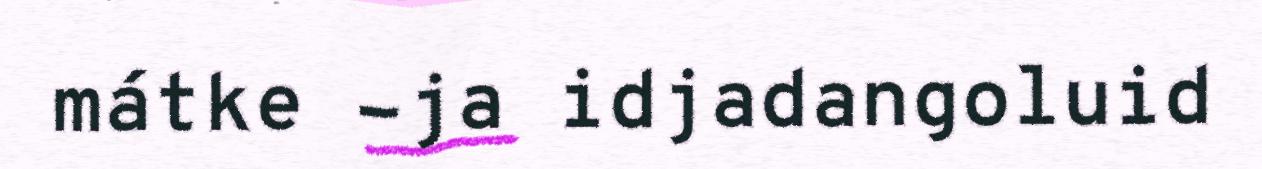
mátke -ja idjadangoluid